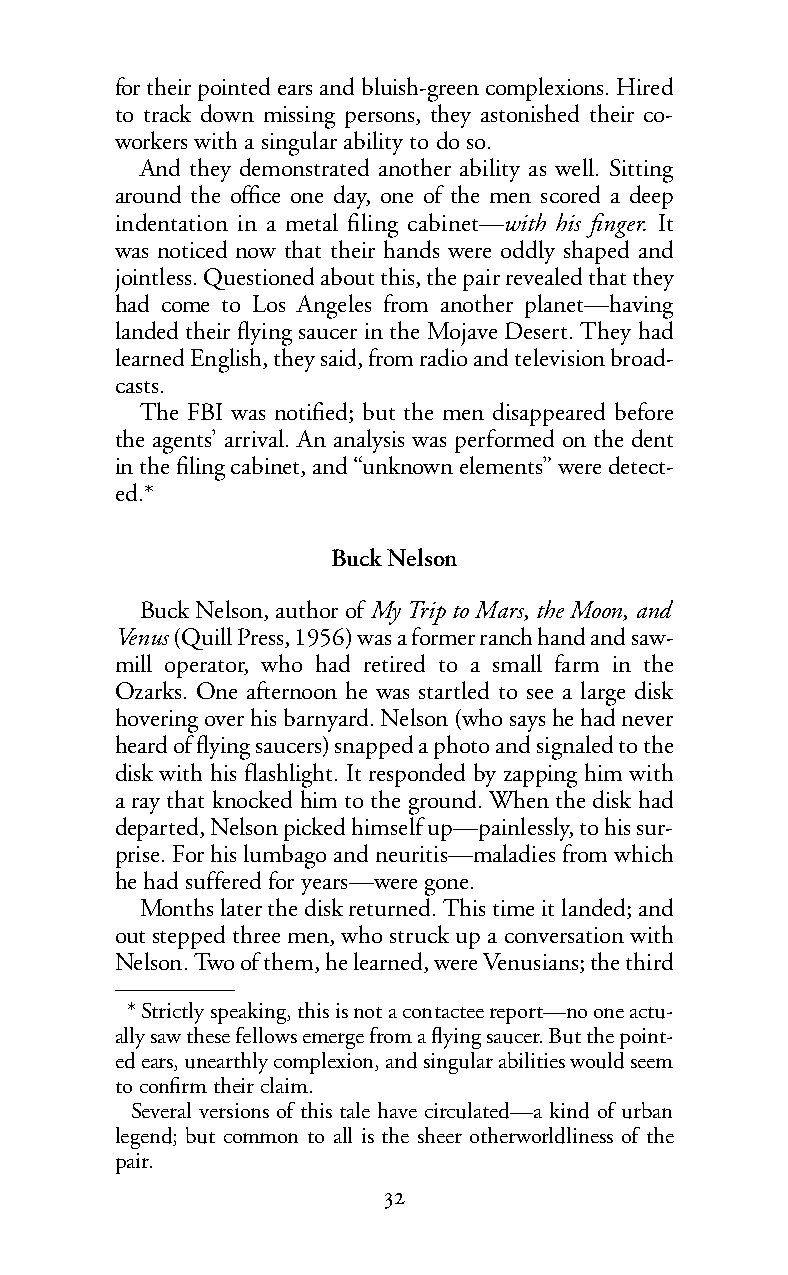
for their pointed ears and bluish-green complexions. Hired
 to track down missing persons, they astonished their co-
 workers with a singular ability to do so.
 And they demonstrated another ability as well. Sitting
 around the office one day, one of the men scored a deep
 indentation in a metal filing cabinet—with his finger. It
 was noticed now that their hands were oddly shaped and
 jointless. Questioned about this, the pair revealed that they
 had come to Los Angeles from another planet—having
 landed their flying saucer in the Mojave Desert. They had
 learned English, they said, from radio and television broad-
 casts.
 The FBI was notified; but the men disappeared before
 the agents’ arrival. An analysis was performed on the dent
 in the filing cabinet, and “unknown elements” were detect-
 ed.*
 Buck Nelson
 Buck Nelson, author of My Trip to Mars, the Moon, and
 Venus(Quill Press, 1956) was a former ranch hand and saw-
 mill operator, who had retired to a small farm in the
 Ozarks. One afternoon he was startled to see a large disk
 hovering over his barnyard. Nelson (who says he had never
 heard of flying saucers) snapped a photo and signaled to the
 disk with his flashlight. It responded by zapping him with
 a ray that knocked him to the ground. When the disk had
 departed, Nelson picked himself up—painlessly, to his sur-
 prise. For his lumbago and neuritis—maladies from which
 he had suffered for years—were gone.
 Months later the disk returned. This time it landed; and
 out stepped three men, who struck up a conversation with
 Nelson. Two of them, he learned, were Venusians; the third
 *Strictly speaking, this is not a contactee report—no one actu-
 ally saw these fellows emerge from a flying saucer. But the point-
 edears, unearthly complexion, and singular abilities would seem
 to confirm their claim.
 Several versions of this tale have circulated—a kind of urban
 legend; but common to all is the sheer otherworldliness of the
 pair.
 